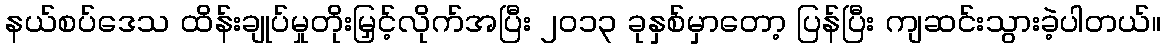
နယ်စပ်ဒေသ ထိန်းချုပ်မှုတိုးမြှင့်လိုက်အပြီး ၂၀၁၃ ခုနှစ်မှာတော့ ပြန်ပြီး ကျဆင်းသွားခဲ့ပါတယ်။